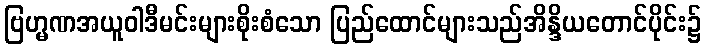
ဗြဟ္မဏအယူဝါဒီမင်းများစိုးစံသော ပြည်ထောင်များသည်အိန္ဒိယတောင်ပိုင်း၌